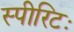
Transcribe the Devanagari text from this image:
स्पीरिटः